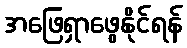
အဖြေရှာဖွေနိုင်ရန်